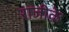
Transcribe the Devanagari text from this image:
राजीके